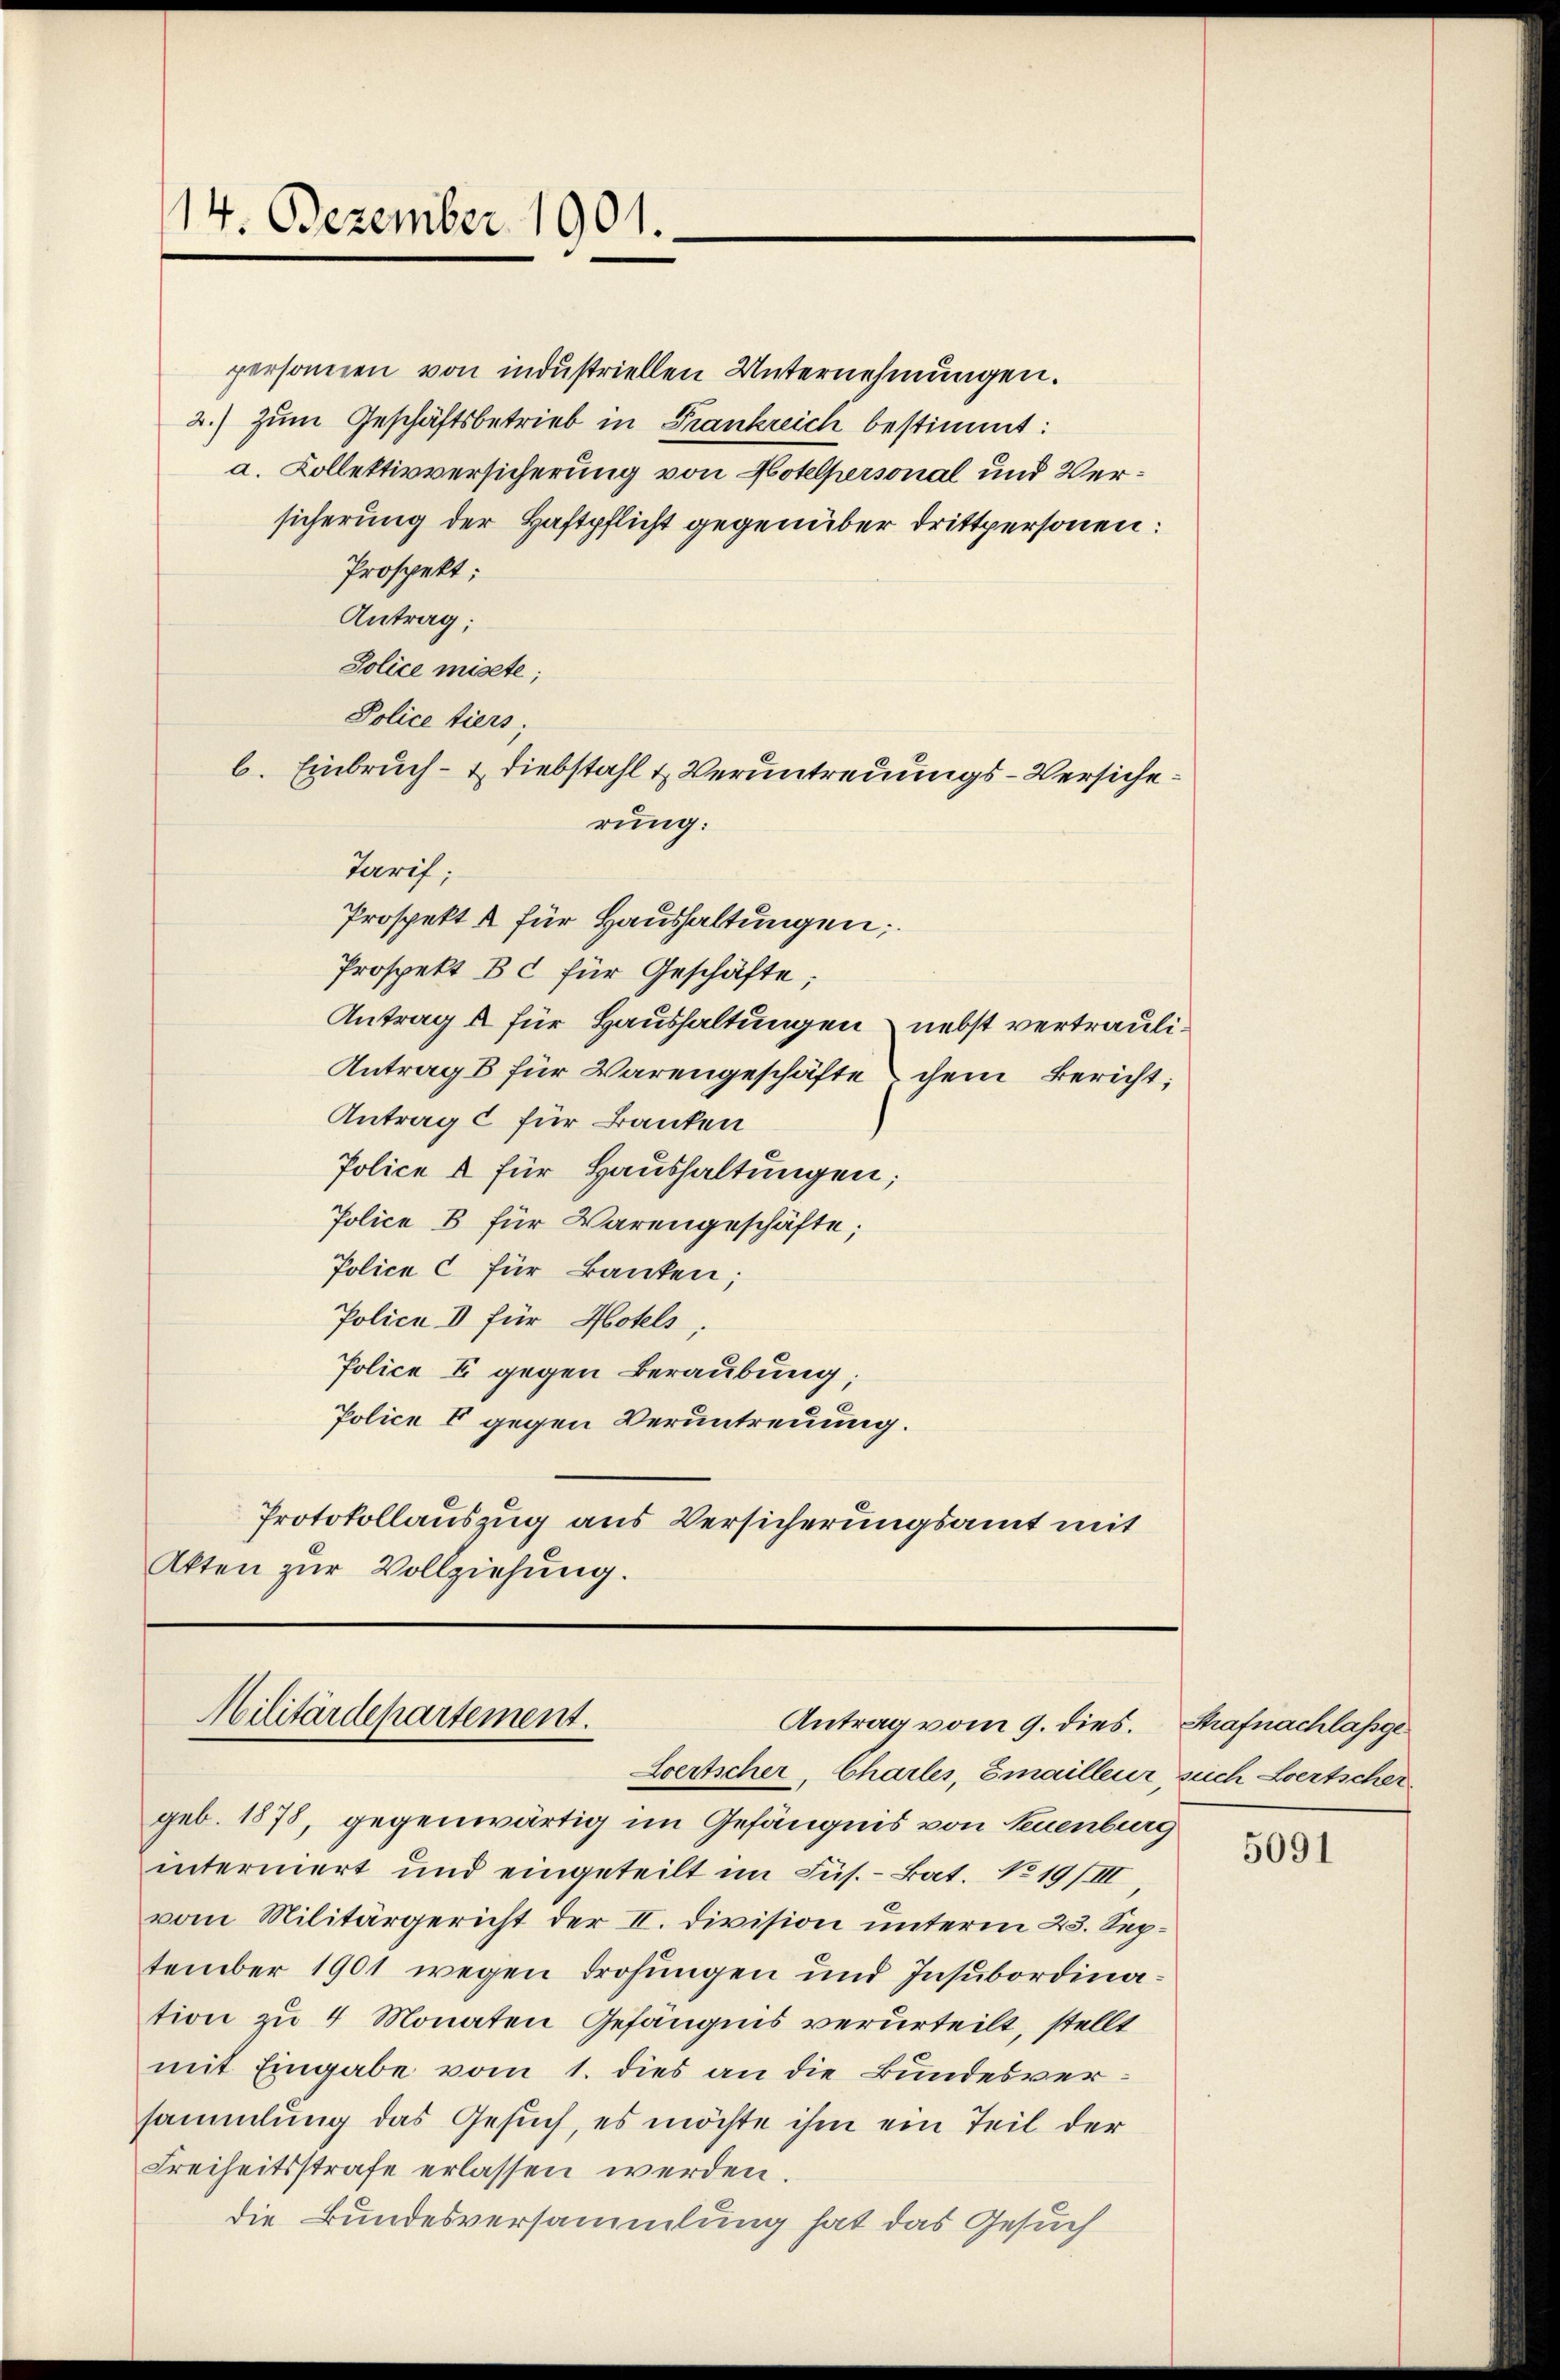
14. Dezember 1901.

personen von industriellen Unternehmungen.
2.) Zum Geschäftsbetrieb in Frankreich bestimmt:
a. Kollektivversicherung von Hotelpersonal und Versicherung der Haftpflicht gegenüber drittpersonen:
Prospekt;
Antrag;
Police misete;
Police tiers;
b. Einbruch- & Diebstahl & Veruntreuungs-Versichedaris;
Prospekt 2 für Haushaltungen;
Prospekt Bc für Geschäfte;
Antrag a für Haushaltungen - nebst vertrauli¬
Antrag B für Warengeschäfte chem Bericht;
Antrage für Banken
Police & für Haushaltungen;
Police B für Warengeschäfte;
Police c für Banken;
Police I für Hotels,
Police E gegen Beraubung;
Police II gegen Veruntreuung.
Protokollauszug aus Versicherungsamt mit
Akten zur Vollziehung.

rung:

Militärdepartement.
Antrag vom 9. dies.

Wertscher, Charles, Emailleur such Loertscher
geb. 1878, gegenwärtig im Gefängnis von Neuenburg
intermert und eingeteilt im Jus.- Bat. No 19/III
vom Militärgericht der II. Division unterm 23. September 1901 wegen drohungen und Insubordination zu 4 Monaten Gefängnis verurteilt, stellt
mit Eingabe vom 1. dies an die Bundesversammlung das Gesuch, es möchte ihm ein Teil der
Freiheitsstrafe erlassen werden.
die Bundesversammlung hat das Gesuch

Strafnachlassge

5091